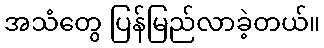
အသံတွေ ပြန်မြည်လာခဲ့တယ်။